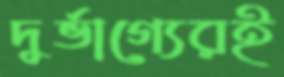
দুর্ভাগ্যেরই